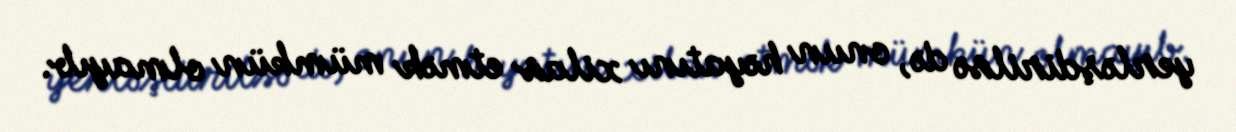
yerləşdirilsə də, onun həyatını xilas etmək mümkün olmayıb.